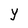
Character: Y